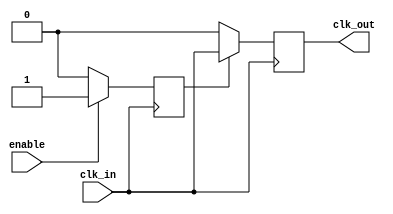
module ClockGatingBuffer (
    input wire clk_in,     // Primary clock signal
    input wire enable,     // Control signal to enable/disable clock
    output reg clk_out     // Gated clock output
);

// Internal signal to hold the gated clock state
reg gated_clk;

// Always block to generate the gated clock based on enable signal
always @(posedge clk_in) begin
    if (enable) begin
        gated_clk <= 1'b1;  // Pass through the clock when enabled
    end else begin
        gated_clk <= 1'b0;  // Gate the clock when disabled
    end
end

// Always block to synchronize the output clock
always @(posedge clk_in) begin
    if (gated_clk) begin
        clk_out <= clk_in;  // Output the primary clock
    end else begin
        clk_out <= 1'b0;     // No clock output when gated
    end
end

endmodule